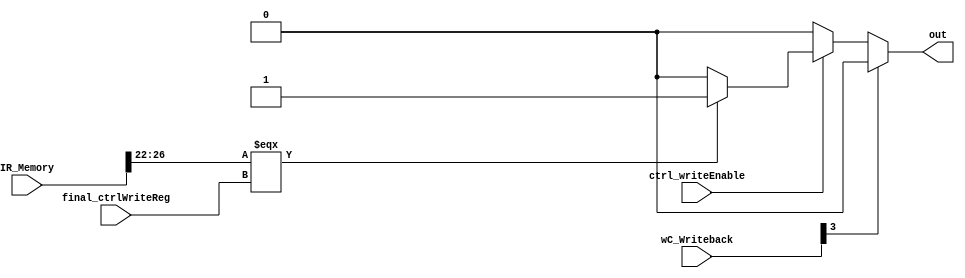
module data_mem_d_bypass(IR_Memory, ctrl_writeEnable, final_ctrlWriteReg, wC_Writeback, out);
    input [31:0] IR_Memory;
    input [4:0] final_ctrlWriteReg, wC_Writeback;
    input ctrl_writeEnable;
    output out;

    //if lw in writeback and sw in memory (rd = rd), or if some add type in writeback and sw in memory (rd = rd)
    //ultimately: if rd in writeback and write enable in writeback, and rd_writeback = rd_memory and sw
    //2 edge cases: Jal and setx both have write enable and are j1. also exceptions
        //Dont want for jal. 
        //
    wire out1, out2;

    assign out2 = (IR_Memory[26:22] === final_ctrlWriteReg) ? 1'b1 : 1'b0;
    assign out1 = ctrl_writeEnable ? out2 : 1'b0; //regfile write enable is on
    assign out = wC_Writeback[3] ? 1'b0 : out1; //if jal don't want mw bypass

endmodule